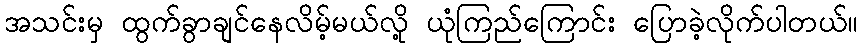
အသင်းမှ ထွက်ခွာချင်နေလိမ့်မယ်လို့ ယုံကြည်ကြောင်း ပြောခဲ့လိုက်ပါတယ်။